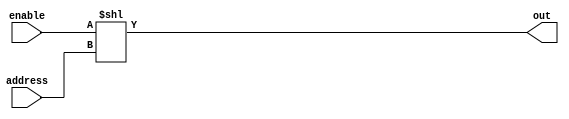
// 32 bit decoder with enable signal
//   enable=0: all output bits are 0
//   enable=1: out[address] is 1, all other outputs are 0
module decoder1to32
(
output[31:0]	out,
input		enable,
input[4:0]	address
);

    // The `<<` operator left-shifts enable by address bits
    // out is 32 bits long, so the result of the << operation gets left-padded with zeros
    // so: out is 32'b0 when enable is 0
    //     out is 32'b0 but with a 1 in the address-th bit when enable is 1
    assign out = enable<<address;

endmodule